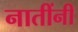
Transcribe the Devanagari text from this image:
नातींनी